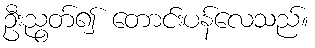
ဦးညွတ်၍ တောင်းပန်လေသည်။